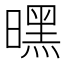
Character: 𭧪